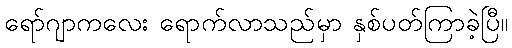
ရော်ဂျာကလေး ရောက်လာသည်မှာ နှစ်ပတ်ကြာခဲ့ပြီ။